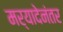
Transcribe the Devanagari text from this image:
मर्यादेनंतर